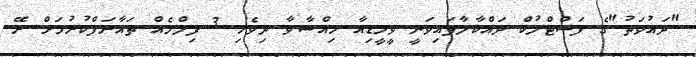
"ދައުވަތު"ގެ ފަސްޓްލުކް ދައްކާލާފައިވަނީ ވީމީޑިއާ ހިއްސާވާ ދިވެހި 3 ފިލްމެއް ތައާރަފްކުރުމަށް ރޭ